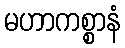
မဟာကစ္စာနံ